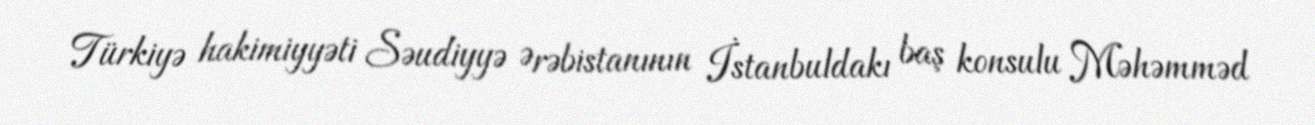
Türkiyə hakimiyyəti Səudiyyə Ərəbistanının İstanbuldakı baş konsulu Məhəmməd